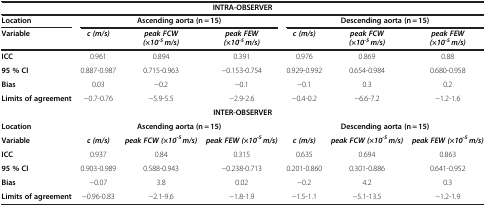
| <COLSPAN=7> INTRA-OBSERVER |
 | Location | <COLSPAN=3> Ascending aorta (n = 15) | <COLSPAN=3> Descending aorta (n = 15) |
 | Variable | c (m/s) | peak FCW (×10-5 m/s) | peak FEW (×10-5 m/s) | c (m/s) | peak FCW (×10-5 m/s) | peak FEW (×10-5 m/s) |
 | --- | --- | --- | --- | --- | --- | --- |
 | ICC | 0.961 | 0.894 | 0.391 | 0.976 | 0.869 | 0.88 |
 | 95 % CI | 0.887-0.987 | 0.715-0.963 | −0.153-0.754 | 0.929-0.992 | 0.654-0.984 | 0.680-0.958 |
 | Bias | 0.03 | −0.2 | −0.1 | −0.1 | 0.3 | 0.2 |
 | Limits of agreement | −0.7-0.76 | −5.9-5.5 | −2.9-2.6 | −0.4-0.2 | −6.6-7.2 | −1.2-1.6 |
 | <COLSPAN=7> INTER-OBSERVER |
 | Location | <COLSPAN=3> Ascending aorta (n = 15) | <COLSPAN=3> Descending aorta (n = 15) |
 | Variable | c (m/s) | peak FCW (×10-5 m/s) | peak FEW (×10-5 m/s) | c (m/s) | peak FCW (×10-5 m/s) | peak FEW (×10-5 m/s) |
 | ICC | 0.937 | 0.84 | 0.315 | 0.635 | 0.694 | 0.863 |
 | 95 % CI | 0.903-0.989 | 0.588-0.943 | −0.238-0.713 | 0.201-0.860 | 0.301-0.886 | 0.641-0.952 |
 | Bias | −0.07 | 3.8 | 0.02 | −0.2 | 4.2 | 0.3 |
 | Limits of agreement | −0.96-0.83 | −2.1-9.6 | −1.8-1.9 | −1.5-1.1 | −5.1-13.5 | −1.2-1.9 |